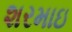
શરમાઇ